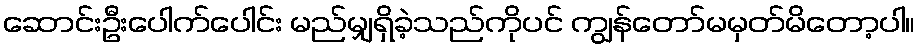
ဆောင်းဦးပေါက်ပေါင်း မည်မျှရှိခဲ့သည်ကိုပင် ကျွန်တော်မမှတ်မိတော့ပါ။